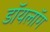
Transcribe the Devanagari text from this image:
डॉयलॉग